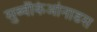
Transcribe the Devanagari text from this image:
सुब्वेंकिओनाडस